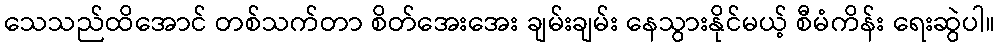
သေသည်ထိအောင် တစ်သက်တာ စိတ်အေးအေး ချမ်းချမ်း နေသွားနိုင်မယ့် စီမံကိန်း ရေးဆွဲပါ။